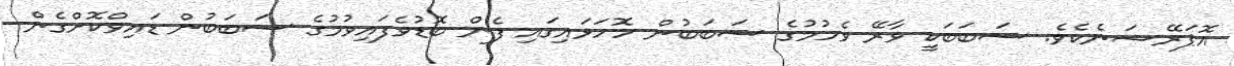
އޮޕަރޭޝަނެކެވެ. ސަބަބަކީ ވާރޭ ވެހުމުގެ ސަބަބުން ހޮހަޅައިގައި ފެން ބޮޑުވެފައިވުމުގެ ސަބަބުން ޑައިވްކޮށްގެން